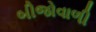
બીજોવાળી